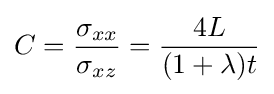
C={\frac {\sigma _{xx}}{\sigma _{xz}}}={\frac {4L}{(1+\lambda )t}}